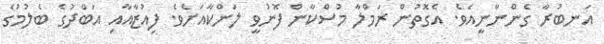
އަނބުރާ ގެންނާނީއެވެ. އެގޮތުން ރަމްލާ މުސްކާން ފޮނުވީ ލަންކާއަށެވެ. ފިއުޒާއާއި އަބްދުގެ ބެލުމުގެ